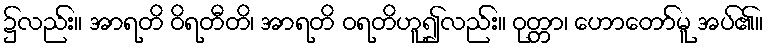
၌လည်း။ အာရတိ ဝိရတီတိ၊ အာရတိ ဝရတိဟူ၍လည်း။ ဝုတ္တာ၊ ဟောတော်မူ အပ်၏။